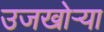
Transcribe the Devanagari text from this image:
उजखोर्‍या